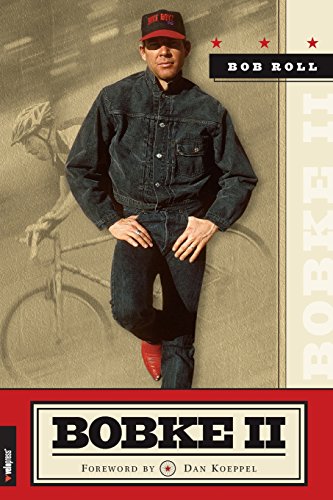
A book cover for Bobke II; Bob Roll; Humor & Entertainment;